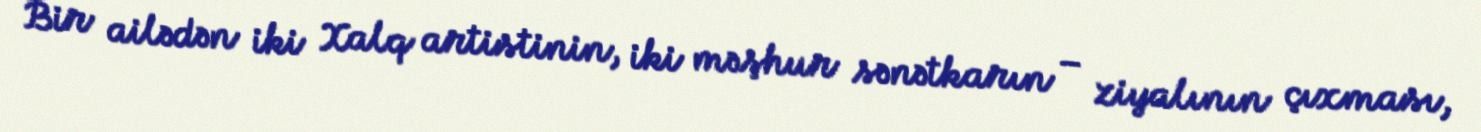
Bir ailədən iki Xalq artistinin, iki məşhur sənətkarın – ziyalının çıxması,